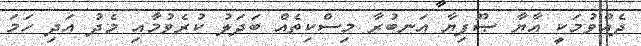
ދެއްވުމަކީ އާޔާ ޞޫފިޔާ އަނބުރާ މިސްކިތެއް ބަދަލު ކުރެވުމާއި މެދު އަދި ހަމަ